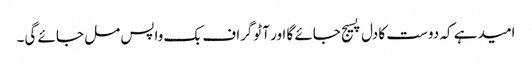
امید ہے کہ دوست کا دل پسیج جائے گا اور آٹوگراف بک واپس مل جائے گی۔